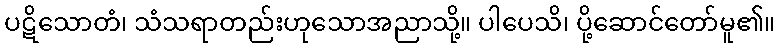
ပဋိသောတံ၊ သံသရာတည်းဟုသောအညာသို့။ ပါပေသိ၊ ပို့ဆောင်တော်မူ၏။